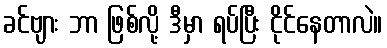
ခင်ဗျား ဘာ ဖြစ်လို့ ဒီမှာ ရပ်ပြီး ငိုင်နေတာလဲ။